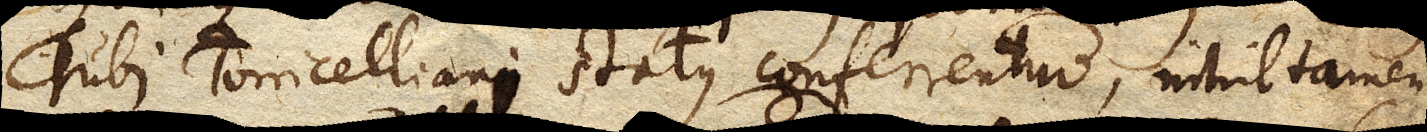
Tubi Torricelliani status conferrentur, nihil tamen